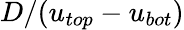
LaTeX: D/({{u}_{top}}-{{u}_{bot}})